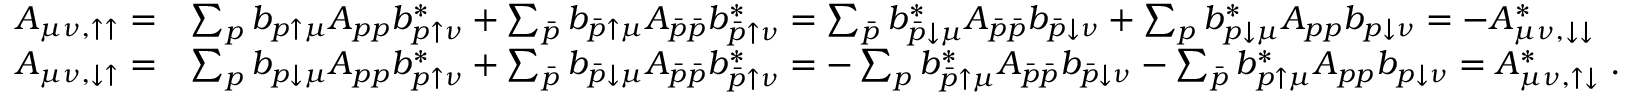
\begin{array} { r l } { A _ { \mu \nu , \uparrow \uparrow } = } & { \sum _ { p } b _ { p \uparrow \mu } A _ { p p } b _ { p \uparrow \nu } ^ { * } + \sum _ { \bar { p } } b _ { \bar { p } \uparrow \mu } A _ { \bar { p } \bar { p } } b _ { \bar { p } \uparrow \nu } ^ { * } = \sum _ { \bar { p } } b _ { \bar { p } \downarrow \mu } ^ { * } A _ { \bar { p } \bar { p } } b _ { \bar { p } \downarrow \nu } + \sum _ { p } b _ { p \downarrow \mu } ^ { * } A _ { p p } b _ { p \downarrow \nu } = - A _ { \mu \nu , \downarrow \downarrow } ^ { * } } \\ { A _ { \mu \nu , \downarrow \uparrow } = } & { \sum _ { p } b _ { p \downarrow \mu } A _ { p p } b _ { p \uparrow \nu } ^ { * } + \sum _ { \bar { p } } b _ { \bar { p } \downarrow \mu } A _ { \bar { p } \bar { p } } b _ { \bar { p } \uparrow \nu } ^ { * } = - \sum _ { p } b _ { \bar { p } \uparrow \mu } ^ { * } A _ { \bar { p } \bar { p } } b _ { \bar { p } \downarrow \nu } - \sum _ { \bar { p } } b _ { p \uparrow \mu } ^ { * } A _ { p p } b _ { p \downarrow \nu } = A _ { \mu \nu , \uparrow \downarrow } ^ { * } \; . } \end{array}